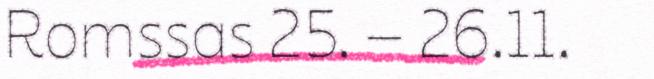
Romssas 25. – 26.11.